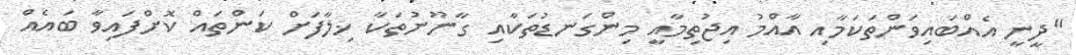
"ދީނީ އެއްބައިވަންތަކަމާއި އާއްމު އިޖުތިމާއީ މިންގަނޑުތަކާއި ގާނޫނުތަކާ ޚިލާފަށް ކަންތައް ކޮށްފައިވާ ބައެއް